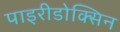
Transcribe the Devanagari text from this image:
पाइरीडोक्सिन